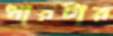
ধারটার